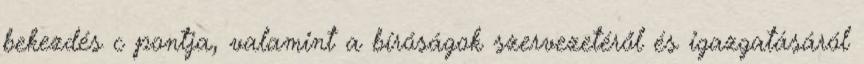
bekezdés c pontja, valamint a bíróságok szervezetéről és igazgatásáról